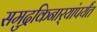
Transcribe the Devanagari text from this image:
समुद्रकिनार्‍यांपर्यंत